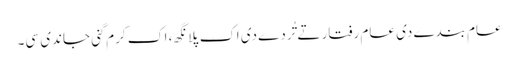
عام بندے دی عام رفتار تے تُردے دی اک پلانگھ، اک کرم گنی جاندی سی۔